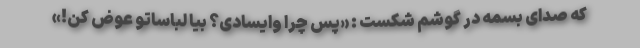
که صدای بسمه در گوشم شکست : «پس چرا وایسادی؟ بیا لباساتو عوض کن!»